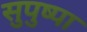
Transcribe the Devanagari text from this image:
सुपुष्पा